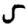
Digit: 5